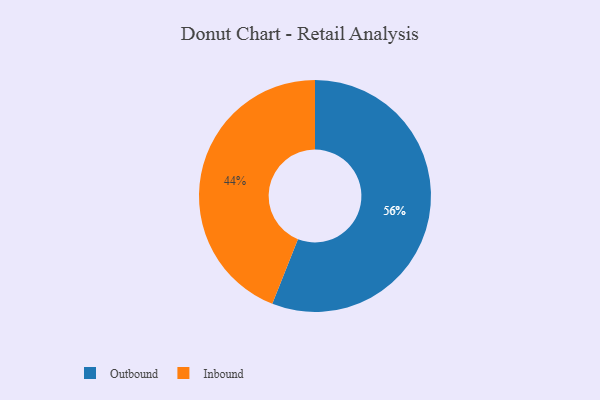
{"axis": {"x": "Category", "y": "Percentage"}, "legend": ["Inbound", "Outbound"], "data": [{"x": "Outbound", "y": 56, "type": "Outbound"}, {"x": "Inbound", "y": 44, "type": "Inbound"}]}